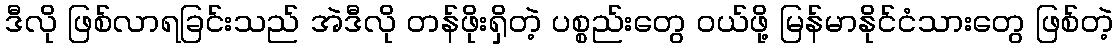
ဒီလို ဖြစ်လာရခြင်းသည် အဲဒီလို တန်ဖိုးရှိတဲ့ ပစ္စည်းတွေ ဝယ်ဖို့ မြန်မာနိုင်ငံသားတွေ ဖြစ်တဲ့